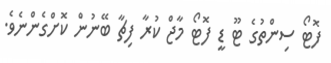
ފޮޓޯ ސިންތުގެ ޓޫ ޑީ ފޮޓޯ މާޖް ކުރާ ފިޗާ ބޭނުން ކޮށްގެންނެވެ.